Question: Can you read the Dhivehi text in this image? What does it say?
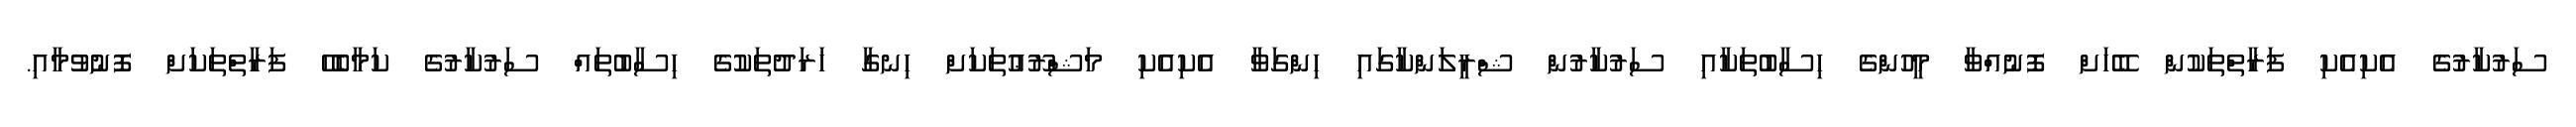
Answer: ސަރުކާރުގެ އެކިއެކި ފަރާތްތަކުން ބޭހަށް ފޮނުއްވާ މީހުންގެ ހިސާބުތަކާއި ސަރުކާރުން ޝްރީލަންކާގައި ހިންގަވާ އެކިއެކި މަޝްރޫޢުތަކަށް ހިނގާ ޚަރަދުތަކުގެ ހިސާބުތައް ސަރުކާރުގެ ކަމާބެހޭ ފަރާތްތަކަށް ފޮނުވުމާއި.